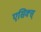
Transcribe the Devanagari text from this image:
एसिक्स्